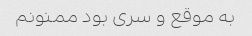
به موقع و سری بود ممنونم